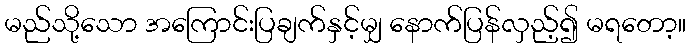
မည်သို့သော အကြောင်းပြချက်နှင့်မျှ နောက်ပြန်လှည့်၍ မရတော့။